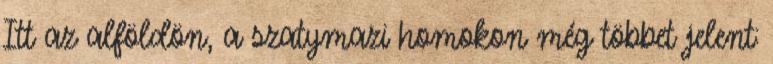
Itt az alföldön, a szatymazi homokon még többet jelent: